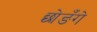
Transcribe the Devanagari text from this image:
छोङँगे